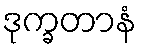
ဒုက္ခတာနံ